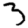
Digit: 3